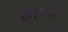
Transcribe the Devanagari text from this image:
हाइवेज